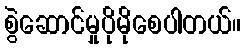
စွဲဆောင်မှုပိုမိုစေပါတယ်။